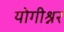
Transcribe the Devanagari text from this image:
योगीश्नर